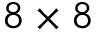
8 \times 8